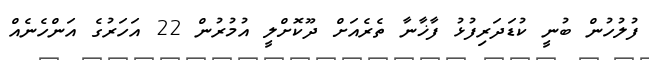
ފުލުހުން ބުނީ ކުޑަދަރިފުޅު ފާޚާނާ ތެރެއަށް ދޫކޮށްލީ އުމުރުން 22 އަހަރުގެ އަންހެނެއް